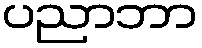
ပညာဘာ